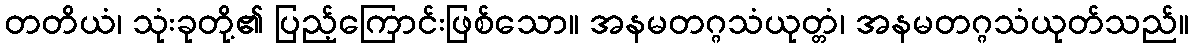
တတိယံ၊ သုံးခုတို့၏ ပြည့်ကြောင်းဖြစ်သော။ အနမတဂ္ဂသံယုတ္တံ၊ အနမတဂ္ဂသံယုတ်သည်။